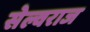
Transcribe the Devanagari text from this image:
सेल्वराज